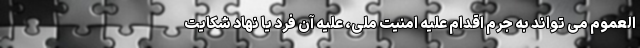
العموم می تواند به جرم اقدام علیه امنیت ملی، علیه آن فرد یا نهاد شکایت